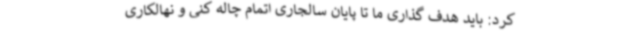
کرد: باید هدف گذاری ما تا پایان سالجاری اتمام چاله کنی و نهالکاری